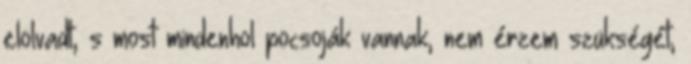
elolvadt, s most mindenhol pocsoják vannak, nem érzem szükségét,